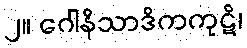
၂။ ဂေါနိသာဒိကကုဋိ၊